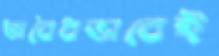
অবৈধভাবেই